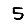
Digit: 5